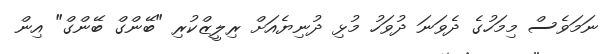
ނަމަވެސް މިމަހުގެ ދެވަނަ ދުވަހު މުޅި ދުނިޔެއަށް ރިލީޒްކުރި "ބޭންގް ބޭންގް" އިން